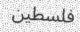
فلسطين